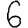
Digit: 6